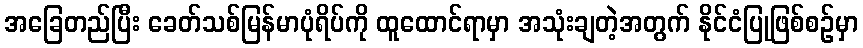
အခြေတည်ပြီး ခေတ်သစ်မြန်မာပုံရိပ်ကို ထူထောင်ရာမှာ အသုံးချတဲ့အတွက် နိုင်ငံပြုဖြစ်စဉ်မှာ